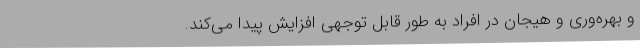
و بهره‌وری و هیجان در افراد به طور قابل توجهی افزایش پیدا می‌کند.